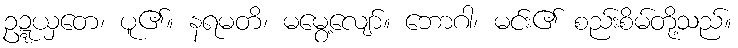
ဥဍ္ဍယှတေ၊ ပူ၏။ နရမတိ၊ မမွေ့လျော်။ ဘောဂါ၊ မင်း၏ စည်းစိမ်တို့သည်။